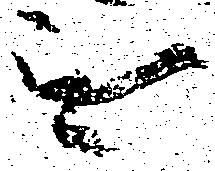
無